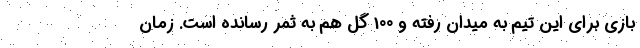
بازی برای این تیم به میدان رفته و 100 گل هم به ثمر رسانده است. زمان